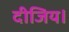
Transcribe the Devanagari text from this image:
दीजिय।